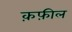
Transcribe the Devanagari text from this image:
क़फ़ील